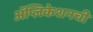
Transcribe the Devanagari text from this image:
अॅप्लिकेशनची